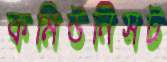
কমিউনিসট